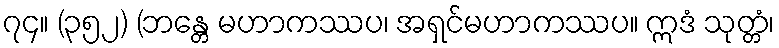
၇၄။ (၃၅၂) (ဘန္တေ မဟာကဿပ၊ အရှင်မဟာကဿပ။ ဣဒံ သုတ္တံ၊